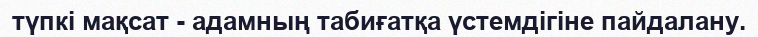
түпкі мақсат - адамның табиғатқа үстемдігіне пайдалану.